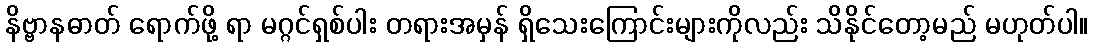
နိဗ္ဗာနဓာတ် ရောက်ဖို့ ရာ မဂ္ဂင်ရှစ်ပါး တရားအမှန် ရှိသေးကြောင်းများကိုလည်း သိနိုင်တော့မည် မဟုတ်ပါ။